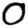
Digit: 0